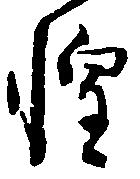
惶